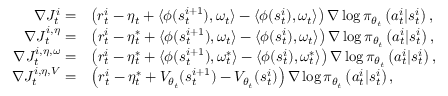
\begin{array} { r l } { \nabla J _ { t } ^ { i } = } & { \left( r _ { t } ^ { i } - \eta _ { t } + \langle \phi ( s _ { t } ^ { i + 1 } ) , \omega _ { t } \rangle - \langle \phi ( s _ { t } ^ { i } ) , \omega _ { t } \rangle \right) \nabla \log \pi _ { \theta _ { t } } \left( a _ { t } ^ { i } | s _ { t } ^ { i } \right) , } \\ { \nabla J _ { t } ^ { i , \eta } = } & { \left( r _ { t } ^ { i } - \eta _ { t } ^ { * } + \langle \phi ( s _ { t } ^ { i + 1 } ) , \omega _ { t } \rangle - \langle \phi ( s _ { t } ^ { i } ) , \omega _ { t } \rangle \right) \nabla \log \pi _ { \theta _ { t } } \left( a _ { t } ^ { i } | s _ { t } ^ { i } \right) , } \\ { \nabla J _ { t } ^ { i , \eta , \omega } = } & { \left( r _ { t } ^ { i } - \eta _ { t } ^ { * } + \langle \phi ( s _ { t } ^ { i + 1 } ) , \omega _ { t } ^ { * } \rangle - \langle \phi ( s _ { t } ^ { i } ) , \omega _ { t } ^ { * } \rangle \right) \nabla \log \pi _ { \theta _ { t } } \left( a _ { t } ^ { i } | s _ { t } ^ { i } \right) , } \\ { \nabla J _ { t } ^ { i , \eta , V } = } & { \left( r _ { t } ^ { i } - \eta _ { t } ^ { * } + V _ { \theta _ { t } } ( s _ { t } ^ { i + 1 } ) - V _ { \theta _ { t } } ( s _ { t } ^ { i } ) \right) \nabla \log \pi _ { \theta _ { t } } \left( a _ { t } ^ { i } | s _ { t } ^ { i } \right) , } \end{array}